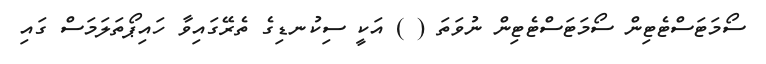
ސޯމަޓަސްޓެޓިން ސޯމަޓަސްޓެޓިން ނުވަތަ ( ) އަކީ ސިކުނޑިގެ ތެރޭގައިވާ ހައިޕޯތަލަމަސް ގައި